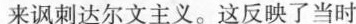
来讽刺达尔文主义。这反映了当时